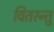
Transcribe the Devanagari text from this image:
वितरन्तु